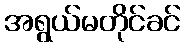
အရွယ်မတိုင်ခင်